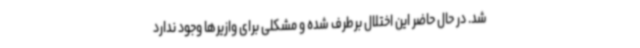
شد. در حال حاضر این اختلال برطرف شده و مشکلی برای وازیرها وجود ندارد